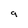
Character: 9